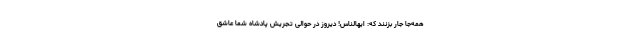
همه‌جا جار بزنند که: ایهالناس! دیروز در حوالی تجریش پادشاه شما عاشق